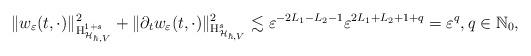
LaTeX: \begin{align*}\|w_{\varepsilon}(t,\cdot)\|^{2}_{\mathrm{H}_{\mathcal{H}_{\hbar,V}}^{1+s}}+\|\partial_{t}w_{\varepsilon}(t,\cdot)\|^{2}_{\mathrm{H}_{\mathcal{H}_{\hbar,V}}^{s}}\lesssim \varepsilon^{-2L_{1}-L_{2}-1}\varepsilon^{2L_{1}+L_{2}+1+q}=\varepsilon^{q},q\in\mathbb{N}_{0},\end{align*}